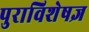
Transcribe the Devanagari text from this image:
पुराविशेषज्ञ